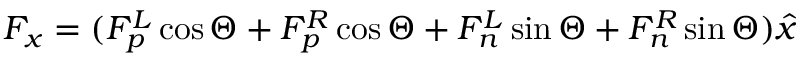
F _ { x } = ( F _ { p } ^ { L } \cos \Theta + F _ { p } ^ { R } \cos \Theta + F _ { n } ^ { L } \sin \Theta + F _ { n } ^ { R } \sin \Theta ) \hat { x }